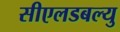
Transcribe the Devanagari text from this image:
सीएलडबल्यु